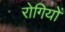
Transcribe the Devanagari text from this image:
राेगियों